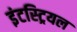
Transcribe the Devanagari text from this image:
इंटस्ट्रियल